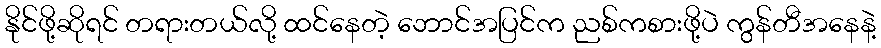
နိုင်ဖို့ဆိုရင် တရားတယ်လို့ ထင်နေတဲ့ ဘောင်အပြင်က ညစ်ကစားဖို့ပဲ ကွန်တီအနေနဲ့